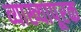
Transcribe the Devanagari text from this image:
व्याख्यापूरक